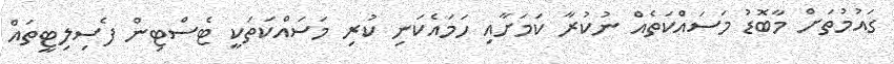
ގައުމުތަށް މާބޮޑު މަސައްކަތެއް ނުކުރާ ކަމަށާއި ހަމައެކަނި ކުރި މަސައްކަތަކީ ޓެސްޓިން ފެސިލިޓީތައް